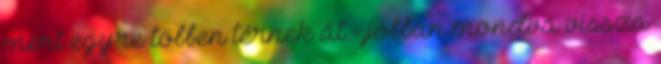
mert egyre többen térnek át - jobban mondva vissza